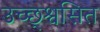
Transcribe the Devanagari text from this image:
उच्छ्श्वसित